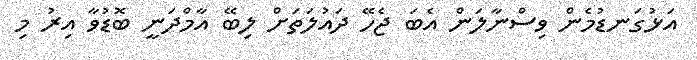
އަޅުގަނޑުމެން ވިސްނާލަން އެބަ ޖެހޭ ދައުލަތަށް ލިބޭ އާމްދަނީ ބޮޑުވާ އިރު މި